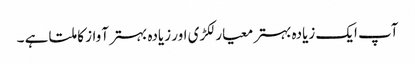
آپ ایک زیادہ بہتر معیار لکڑی اور زیادہ بہتر آواز کا ملتا ہے ۔